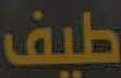
طيف